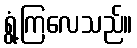
ရွံ့ကြလေသည်။